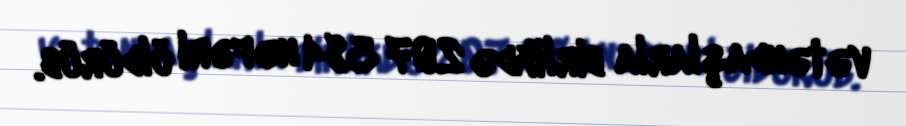
vətəndaşlarla birlikdə 207 384 nəfəri öldürüb.